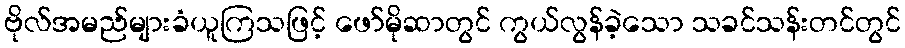
ဗိုလ်အမည်များခံယူကြသဖြင့် ဖော်မိုဆာတွင် ကွယ်လွန်ခဲ့သော သခင်သန်းတင်တွင်